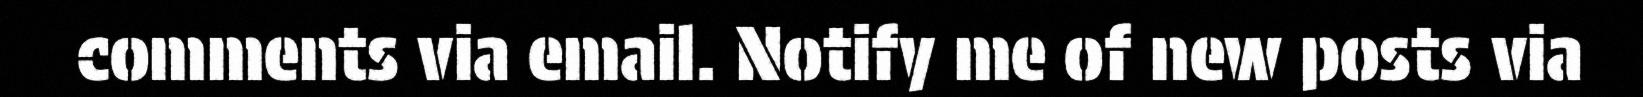
comments via email. Notify me of new posts via